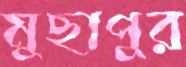
মুছাপুর